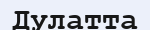
Дулатта